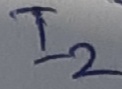
Text: I2